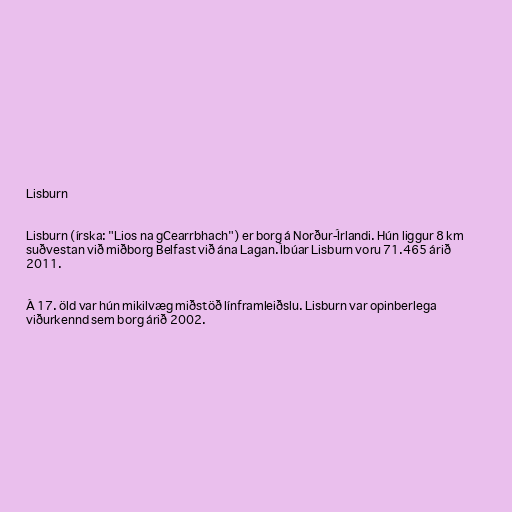
Lisburn

Lisburn (írska: "Lios na gCearrbhach") er borg á Norður-Írlandi. Hún liggur 8 km
suðvestan við miðborg Belfast við ána Lagan. Íbúar Lisburn voru 71.465 árið
2011.

Á 17. öld var hún mikilvæg miðstöð línframleiðslu. Lisburn var opinberlega
viðurkennd sem borg árið 2002.